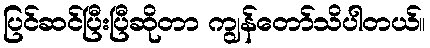
ပြင်ဆင်ပြီးပြီဆိုတာ ကျွန်တော်သိပါတယ်။